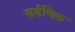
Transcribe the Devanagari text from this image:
सर्शधिक